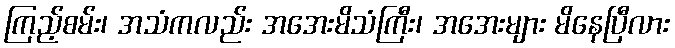
ကြည့်စမ်း၊ အသံကလည်း အအေးမိသံကြီး၊ အအေးများ မိနေပြီလား